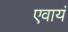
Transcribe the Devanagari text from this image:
एवायं